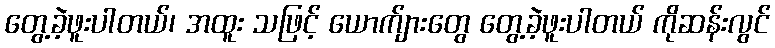
တွေ့ခဲ့ဖူးပါတယ်၊ အထူး သဖြင့် ယောက်ျားတွေ တွေ့ခဲ့ဖူးပါတယ် ကိုဆန်းလွင်